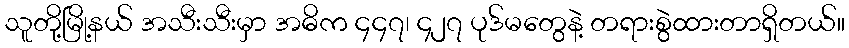
သူတို့မြို့နယ် အသီးသီးမှာ အဓိက ၄၄၇၊ ၄၂၇ ပုဒ်မတွေနဲ့ တရားစွဲထားတာရှိတယ်။